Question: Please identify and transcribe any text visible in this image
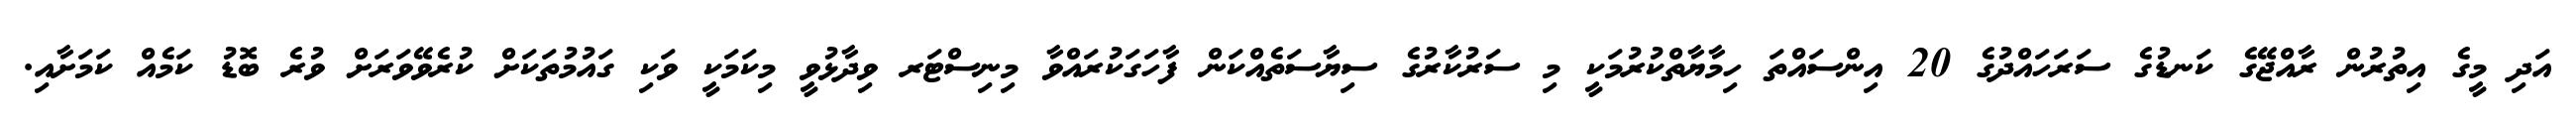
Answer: އަދި މީގެ އިތުރުން ރާއްޖޭގެ ކަނޑުގެ ސަރަހައްދުގެ 20 އިންސައްތަ ހިމާޔާތްކުރުމަކީ މި ސަރުކާރުގެ ސިޔާސަތެއްކަން ފާހަގަކުރައްވާ މިނިސްޓަރ ވިދާޅުވީ މިކަމަކީ ވަކި ގައުމުތަކަށް ކުރެވޭވަރަށް ވުރެ ބޮޑު ކަމެއް ކަމަށާއި.